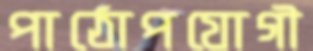
পাঠোপযোগী